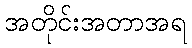
အတိုင်းအတာအရ